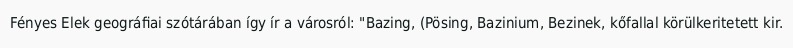
Fényes Elek geográfiai szótárában így ír a városról: "Bazing, (Pösing, Bazinium, Bezinek, kőfallal körülkeritetett kir.